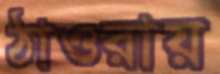
ঠাওরায়